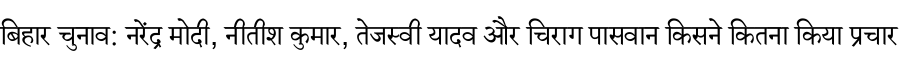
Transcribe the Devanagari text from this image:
बिहार चुनाव: नरेंद्र मोदी, नीतीश कुमार, तेजस्वी यादव और चिराग पासवान किसने कितना किया प्रचार